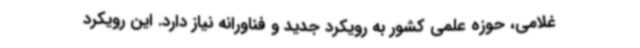
غلامی، حوزه علمی کشور به رویکرد جدید و فناورانه نیاز دارد. این رویکرد